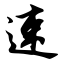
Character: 速